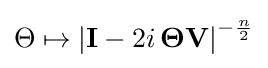
\Theta \mapsto \left|{\mathbf {I} }-2i\,{\mathbf {\Theta } }{\mathbf {V} }\right|^{-{\frac {n}{2}}}